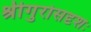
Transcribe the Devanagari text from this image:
श्रीगुरोसदृशः